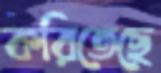
করিতেছে